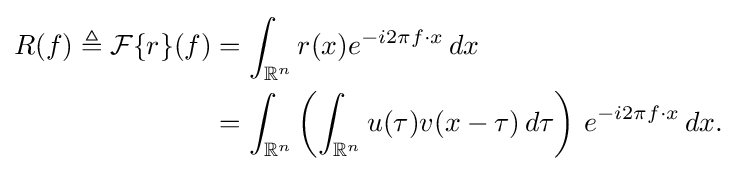
{\begin{aligned}R(f)\triangleq {\mathcal {F}}\{r\}(f)&=\int _{\mathbb {R} ^{n}}r(x)e^{-i2\pi f\cdot x}\,dx\\&=\int _{\mathbb {R} ^{n}}\left(\int _{\mathbb {R} ^{n}}u(\tau )v(x-\tau )\,d\tau \right)\,e^{-i2\pi f\cdot x}\,dx.\end{aligned}}